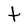
Character: t